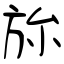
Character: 旀